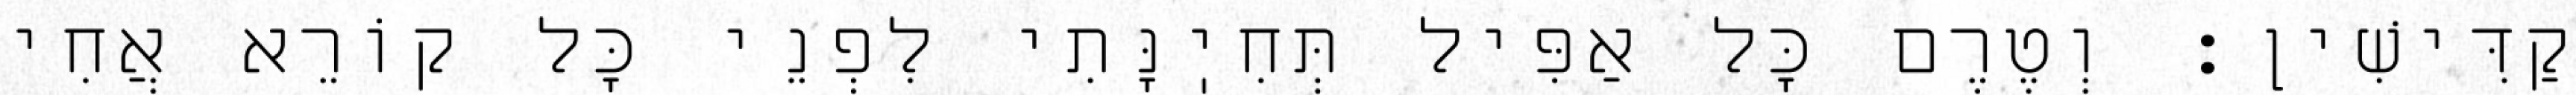
קַדִּישִׁין: וְטֶרֶם כׇּל אַפִּיל תְּחִיֽנָּתִי לִפְנֵי כׇּל קוֹרֵא אֲחִי